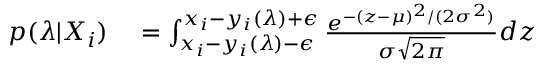
\begin{array} { r l } { p ( \boldsymbol { \lambda } | X _ { i } ) } & { { } = \int _ { x _ { i } - y _ { i } ( \boldsymbol { \lambda } ) - \epsilon } ^ { x _ { i } - y _ { i } ( \boldsymbol { \lambda } ) + \epsilon } \frac { e ^ { - ( z - \mu ) ^ { 2 } / ( 2 \sigma ^ { 2 } ) } } { \sigma \sqrt { 2 \pi } } d z } \end{array}